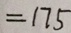
= 1 7 5